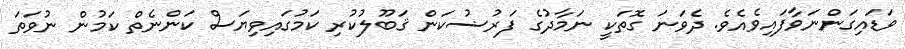
ވަޑައިގަންނަވާފައިވެއެވެ. ދެވަނަ ގޮތަކީ ނަމާދުގެ ފަރުޟުކަން ޤަބޫލުކުރި ކަމުގައިވިޔަސް ކަންނެތް ކަމުން ނުވަތަ